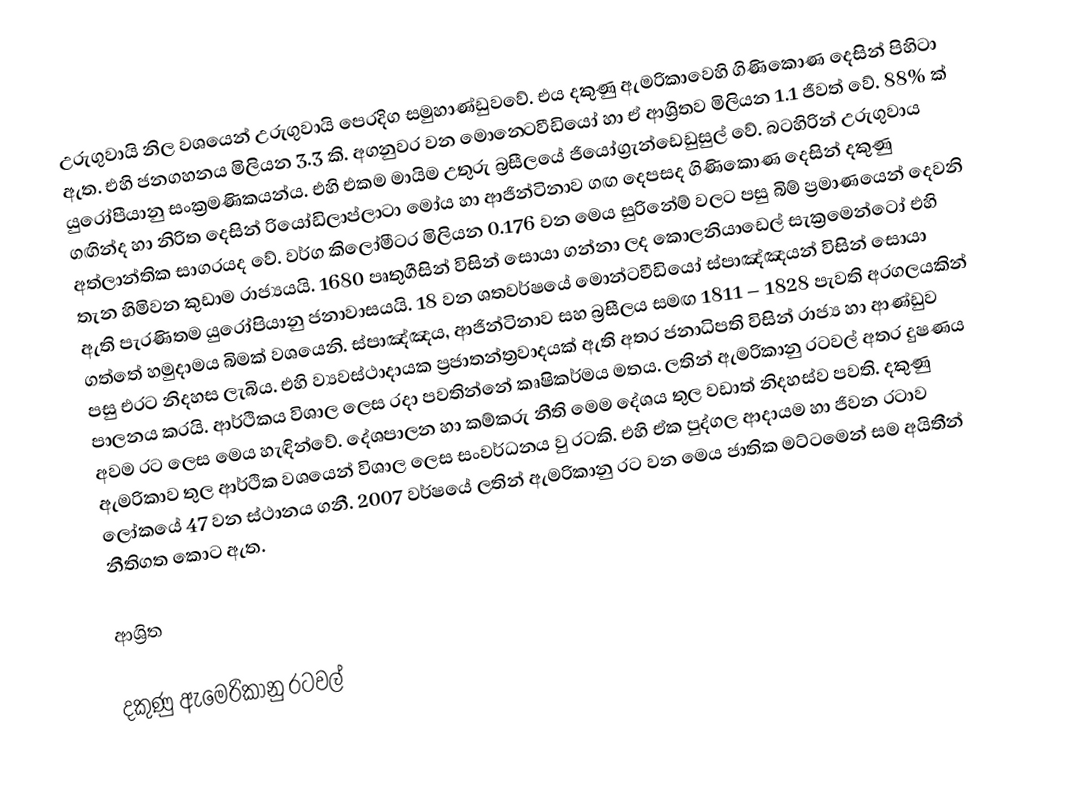
උරුගුවායි නිල වශයෙන් උරුගුවායි පෙරදිග සමුහාණ්ඩුවවේ.  එය දකුණු ඇමරිකාවෙහි ගිණිකොණ දෙසින් පිහිටා ඇත. එහි ජනගහනය මිලියන 3.3 කි. අගනුවර වන මොන‍්ටෙවීඩියෝ හා ඒ ආශ්‍රිතව  මිලියන 1.1 ජිවත් වේ. 88% ක් යුරෝපීයානු සංක්‍රමණිකයන්ය. එහි එකම මායිම උතුරු බ්‍රසීලයේ ජියෝග්‍රැන්ඩෙඩුසුල් වේ. බටහිරින් උරුගුවාය ගඟින්ද හා නිරිත දෙසින් රියෝඩිලාප්ලාටා මෝය හා ආජින්ටිනාව ගඟ දෙපසද  ගිණිකොණ දෙසින් දකුණු අත්ලාන්තික සාගරයද වේ. වර්ග කිලෝමීටර මිලියන 0.176 වන මෙය සුරිනේම් වලට පසු බිම් ප්‍රමාණයෙන් දෙවනි තැන හිමිවන කුඩාම රාජ්‍යයයි. 1680 පෘතුගීසින් විසින් සොයා ගන්නා ලද කොලනියාඩෙල් සැක්‍රමෙන්ටෝ එහි ඇති පැරණිතම යුරෝපියානු ජනාවාසයයි. 18 වන ශතවර්ෂයේ මොන්ටවීඩියෝ ස්පාඤ්ඤයන් විසින් සොයා ගත්තේ හමුදාමය බිමක් වශයෙනි. ස්පාඤ්ඤය, ආජින්ටිනාව සහ බ්‍රසීලය සමඟ 1811 – 1828 පැවති අරගලයකින් පසු එරට නිදහස ලැබිය. එහි ව්‍යවස්ථාදායක ප්‍රජාතන්ත්‍රවාදයක් ඇති අතර ජනාධිපති විසින් රාජ්‍ය හා ආණ්ඩුව පාලනය කරයි. ආර්ථිකය විශාල ලෙස රදා පවතින්නේ කෘෂිකර්මය මතය. ලතින් ඇමරිකානු රටවල් අතර දුෂණය අවම රට ලෙස මෙය හැඳින්වේ. දේශපාලන හා කම්කරු නීති මෙම දේශය තුල වඩාත් නිදහස්ව පවති. දකුණු ඇමරිකාව ‍තුල ආර්ථික වශයෙන් විශාල ලෙස සංවර්ධනය වු රටකි. එහි ඒක පුද්ගල ආදායම හා ජිවන රටාව ලෝකයේ 47 වන ස්ථානය ගනී. 2007 වර්ෂයේ ලතින් ඇමරිකානු රට වන මෙය ජාතික මට්ටමෙන් සම අයිතීන් නීතිගත කොට ඇත.

ආශ්‍රිත

දකුණු ඇමෙරිකානු රටවල්